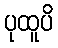
ပုထူပိ